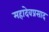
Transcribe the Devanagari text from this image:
महादेवप्रसाद